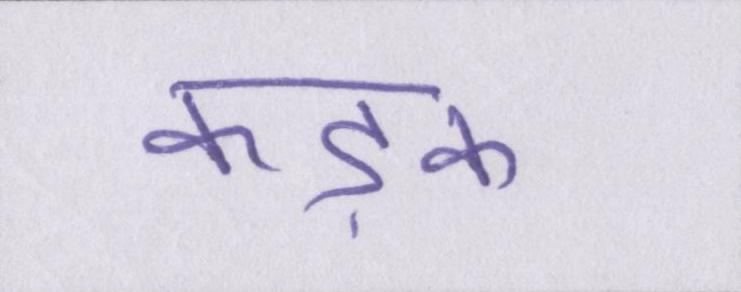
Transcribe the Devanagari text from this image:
कड़क